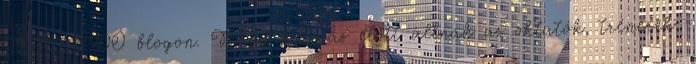
TÉR IDŐ blogon. Nagy kihívás előtt állnak az oktatók, trénerek,